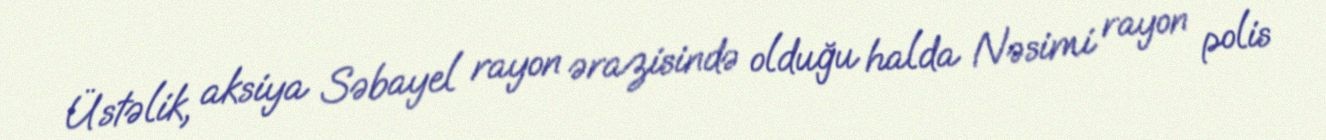
Üstəlik, aksiya Səbayel rayon ərazisində olduğu halda Nəsimi rayon polis